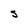
Character: S